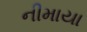
નીમાયા